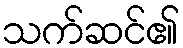
သက်ဆင်၏